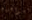
مواجهته